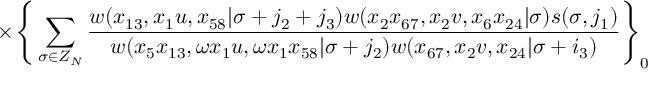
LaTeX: { } ~ ~ ~ ~ ~ ~ ~ ~ ~ ~ ~ ~ ~ \times \Bigg \{ \sum _ { \sigma \in Z _ { N } } \frac { w ( x _ { 1 3 } , x _ { 1 } u , x _ { 5 8 } | \sigma + j _ { 2 } + j _ { 3 } ) w ( x _ { 2 } x _ { 6 7 } , x _ { 2 } v , x _ { 6 } x _ { 2 4 } | \sigma ) s ( \sigma , j _ { 1 } ) } { w ( x _ { 5 } x _ { 1 3 } , \omega x _ { 1 } u , \omega x _ { 1 } x _ { 5 8 } | \sigma + j _ { 2 } ) w ( x _ { 6 7 } , x _ { 2 } v , x _ { 2 4 } | \sigma + i _ { 3 } ) } \Bigg \} _ { 0 } ~ ~